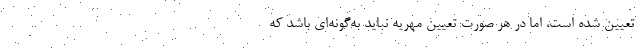
تعیین شده است، اما در هر صورت تعیین مهریه نباید به‌گونه‌ای باشد که